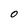
Character: 0